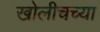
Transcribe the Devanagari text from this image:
खोलीचच्या